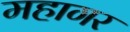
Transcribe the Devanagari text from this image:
महागर